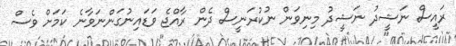
ރައީސް ނަޝީދު ނަޝީދު މިނިވަން ނުކުރަނީސް ދެން ރާއްޖެ ވަޑައިނުގަންނަވާނެ ކަމަށް ވެސް